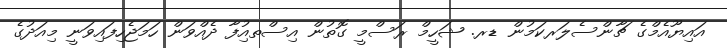
އައިޔޫއެމްގެ ޗާންސެލަރކަމުން ޑރ. ޝަހީމް ރަސްމީ ގޮތުން އިސްތއިުފާ ދެއްވަން ހަަމަޖެހިފައިވަނީ މިއަދުގެ